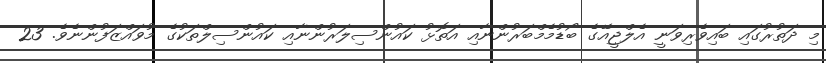
މި ދަތުރުގައި ބައިވެރިވަނީ އެލްޖީއޭގެ ބޯޑުމެމްބަރުންނާއި އަތޮޅު ކައުންސިލަރުންނާއި ކައުންސިލްތަކުގެ މުވައްޒަފުންނެވެ. 23